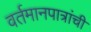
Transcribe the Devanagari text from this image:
वर्तमानपात्रांची